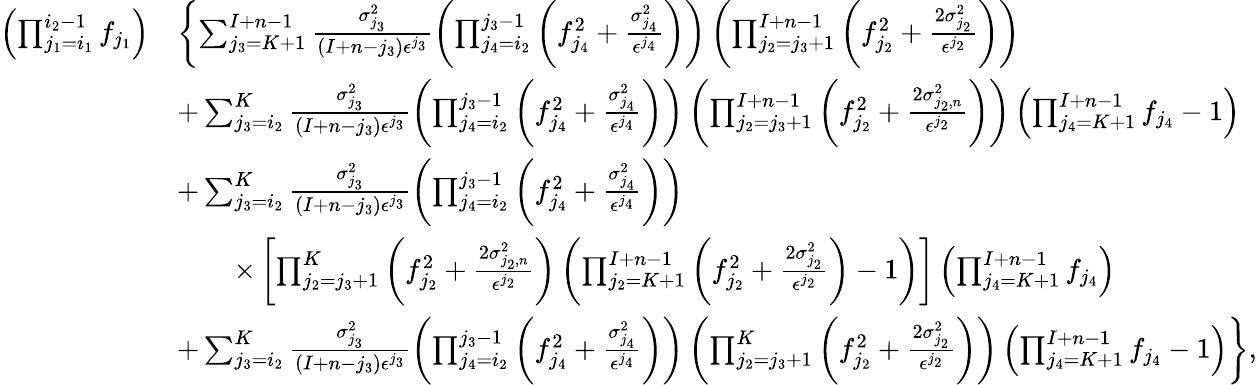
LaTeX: \begin{array}{rl}{\left(\prod_{j_{1}=i_{1}}^{i_{2}-1}f_{j_{1}}\right)}&{\left\{ \sum_{j_{3}=K+1}^{I+n-1}\frac{\sigma_{j_{3}}^{2}}{(I+n-j_{3})\epsilon^{j_{3}}}\left(\prod_{j_{4}=i_{2}}^{j_{3}-1}\left(f_{j_{4}}^{2}+\frac{\sigma_{j_{4}}^{2}}{\epsilon^{j_{4}}}\right)\right)\left(\prod_{j_{2}=j_{3}+1}^{I+n-1}\left(f_{j_{2}}^{2}+\frac{2\sigma_{j_{2}}^{2}}{\epsilon^{j_{2}}}\right)\right)\right.}\\ &{+\sum_{j_{3}=i_{2}}^{K}\frac{\sigma_{j_{3}}^{2}}{(I+n-j_{3})\epsilon^{j_{3}}}\left(\prod_{j_{4}=i_{2}}^{j_{3}-1}\left(f_{j_{4}}^{2}+\frac{\sigma_{j_{4}}^{2}}{\epsilon^{j_{4}}}\right)\right)\left(\prod_{j_{2}=j_{3}+1}^{I+n-1}\left(f_{j_{2}}^{2}+\frac{2\sigma_{j_{2},n}^{2}}{\epsilon^{j_{2}}}\right)\right)\left(\prod_{j_{4}=K+1}^{I+n-1}f_{j_{4}}-1\right)}\\ &{+\sum_{j_{3}=i_{2}}^{K}\frac{\sigma_{j_{3}}^{2}}{(I+n-j_{3})\epsilon^{j_{3}}}\left(\prod_{j_{4}=i_{2}}^{j_{3}-1}\left(f_{j_{4}}^{2}+\frac{\sigma_{j_{4}}^{2}}{\epsilon^{j_{4}}}\right)\right)}\\ &{\qquad\times\left[\prod_{j_{2}=j_{3}+1}^{K}\left(f_{j_{2}}^{2}+\frac{2\sigma_{j_{2},n}^{2}}{\epsilon^{j_{2}}}\right)\left(\prod_{j_{2}=K+1}^{I+n-1}\left(f_{j_{2}}^{2}+\frac{2\sigma_{j_{2}}^{2}}{\epsilon^{j_{2}}}\right)-1\right)\right]\left(\prod_{j_{4}=K+1}^{I+n-1}f_{j_{4}}\right)}\\ &{+\left.\sum_{j_{3}=i_{2}}^{K}\frac{\sigma_{j_{3}}^{2}}{(I+n-j_{3})\epsilon^{j_{3}}}\left(\prod_{j_{4}=i_{2}}^{j_{3}-1}\left(f_{j_{4}}^{2}+\frac{\sigma_{j_{4}}^{2}}{\epsilon^{j_{4}}}\right)\right)\left(\prod_{j_{2}=j_{3}+1}^{K}\left(f_{j_{2}}^{2}+\frac{2\sigma_{j_{2}}^{2}}{\epsilon^{j_{2}}}\right)\right)\left(\prod_{j_{4}=K+1}^{I+n-1}f_{j_{4}}-1\right)\right\} ,}\end{array}